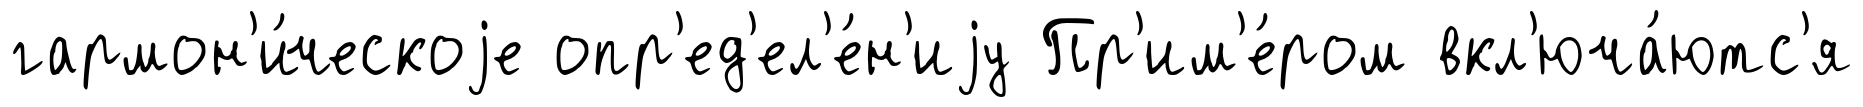
гармон'и́ческоjе опр'ед'ел'е́н'иjу Пр'им'е́ром вкл'юча́ютс'я